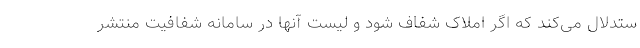
ستدلال می‌کند که اگر املاک شفاف شود و لیست آنها در سامانه شفافیت منتشر